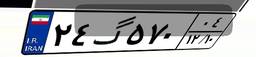
۲۴گ۵۷۰۰۴